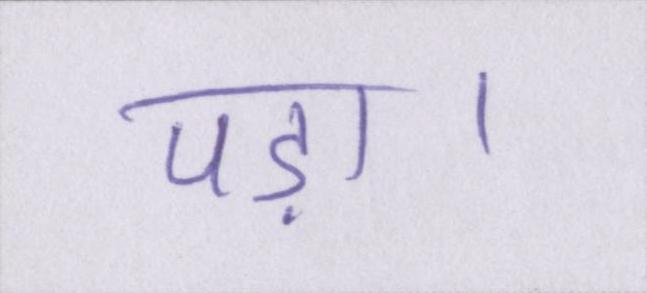
पड़ा।